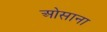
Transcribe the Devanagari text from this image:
ओसाना